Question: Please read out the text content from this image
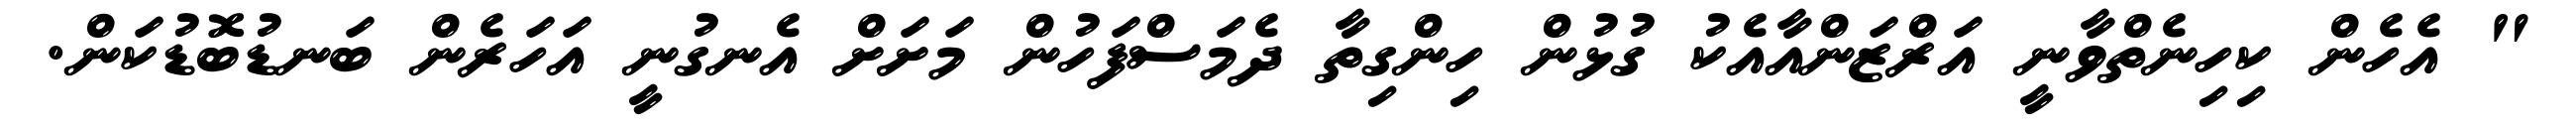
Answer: " އެހެން ކިހިނެތްވާނީ އަރްޒަންއާއެކު ގުޅުން ހިންގިތާ ދެމަސްފަހުން މަށަށް އެނގުނީ އަހަރެން ބަނޑުބޮޑުކަން.